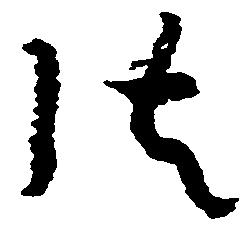
御